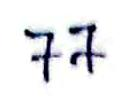
77